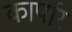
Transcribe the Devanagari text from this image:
कार्पार